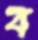
ব